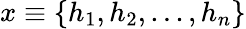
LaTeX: x\equiv\{ h_{1},h_{2},...,h_{n}\}